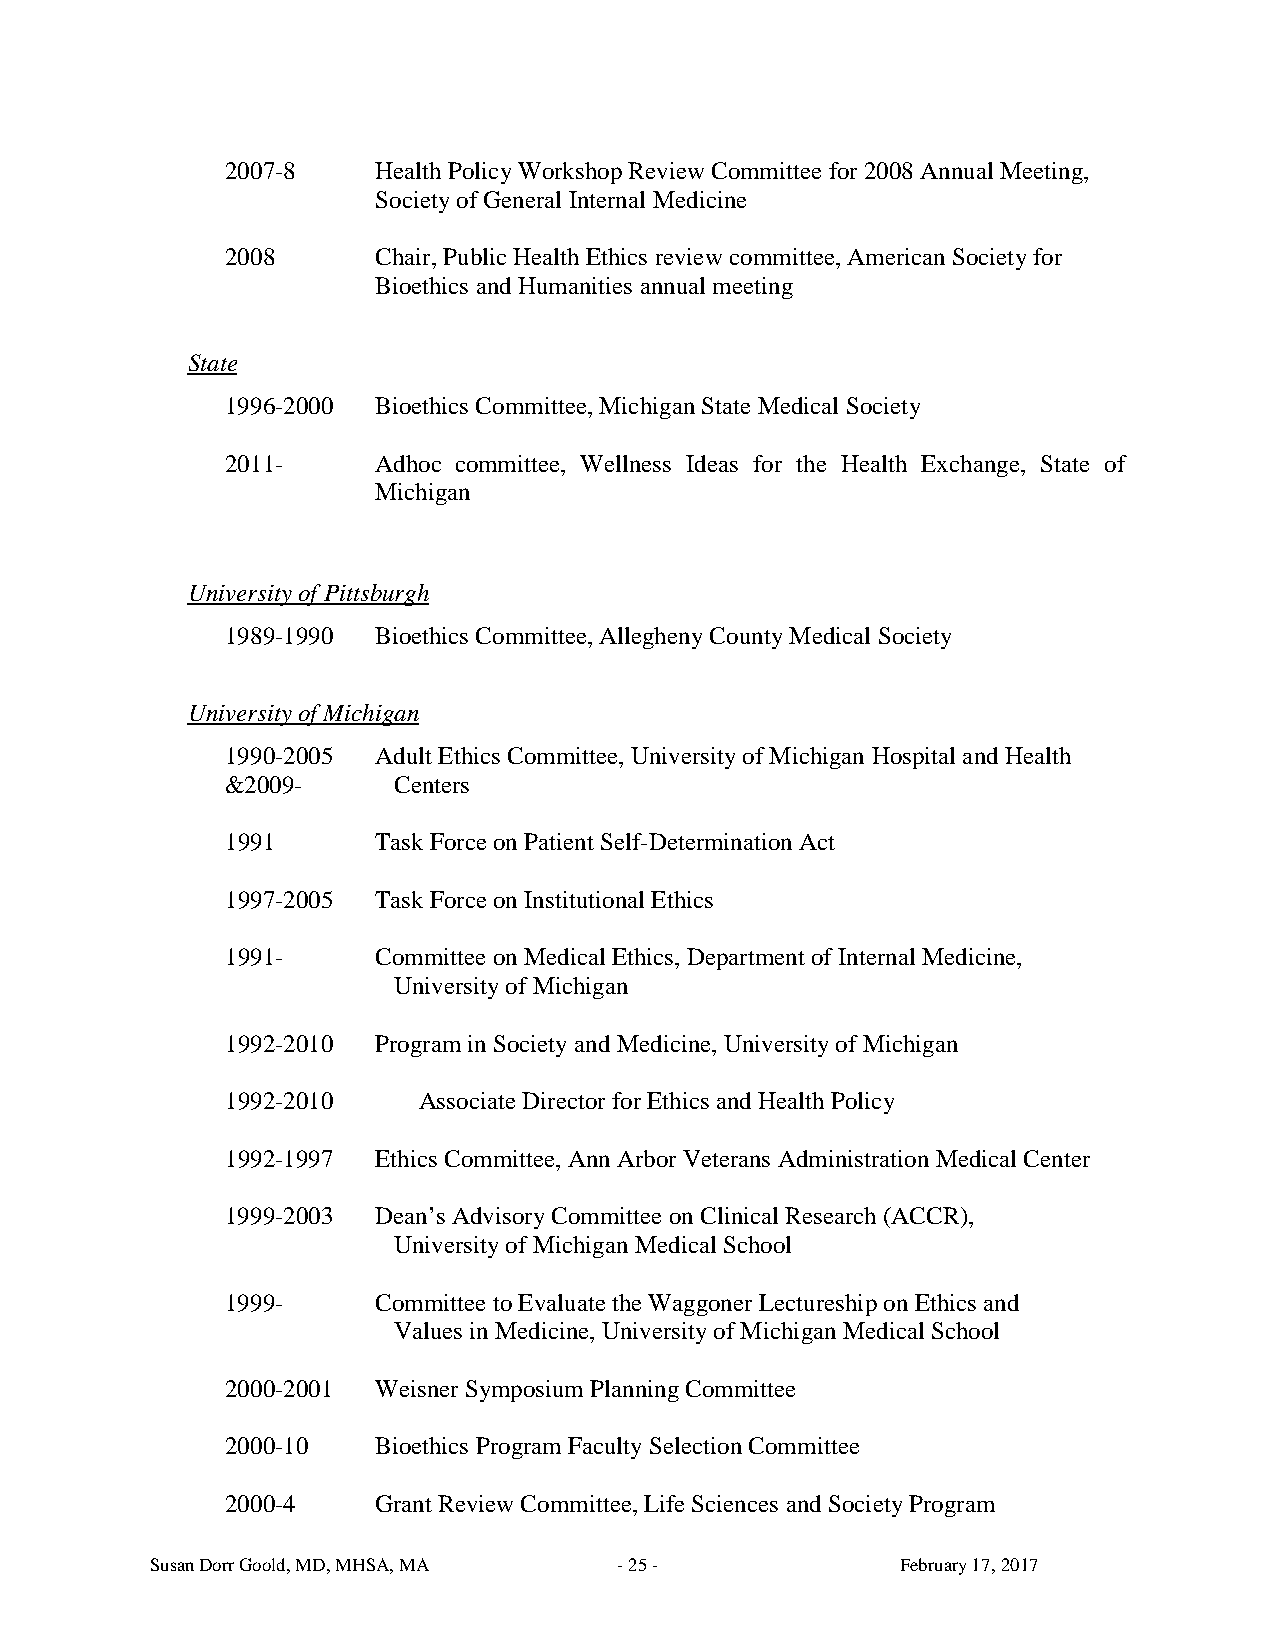
2007-8    Health Policy Workshop Review Committee for 2008 Annual Meeting,
 Society of General Internal Medicine
 2008      Chair, Public Health Ethics review committee, American Society for
 Bioethics and Humanities annual meeting
 State
 1996-2000 Bioethics Committee, Michigan State Medical Society
 2011-     Adhoc committee, Wellness Ideas for the Health Exchange, State of
 Michigan
 University of Pittsburgh
 1989-1990 Bioethics Committee, Allegheny County Medical Society
 University of Michigan
 1990-2005 Adult Ethics Committee, University of Michigan Hospital and Health
 &2009-     Centers
 1991      Task Force on Patient Self-Determination Act
 1997-2005 Task Force on Institutional Ethics
 1991-     Committee on Medical Ethics, Department of Internal Medicine,
 University of Michigan
 1992-2010 Program in Society and Medicine, University of Michigan
 1992-2010    Associate Director for Ethics and Health Policy
 1992-1997 Ethics Committee, Ann Arbor Veterans Administration Medical Center
 1999-2003 Dean’s Advisory Committee on Clinical Research (ACCR),
 University of Michigan Medical School
 1999-     Committee to Evaluate the Waggoner Lectureship on Ethics and
 Values in Medicine, University of Michigan Medical School
 2000-2001 Weisner Symposium Planning Committee
 2000-10   Bioethics Program Faculty Selection Committee
 2000-4    Grant Review Committee, Life Sciences and Society Program
 Susan Dorr Goold, MD, MHSA, MA - 25 -             February 17, 2017